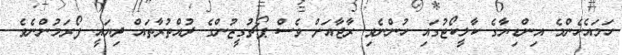
ހަމައެހެންމެ އިންޑިޔާގެ ކާލީކޯޓުގައި ހުންނެވި ރާޖާއަށް ވެސް ޕޯޗުގީޒުންގެ ދުއްތުރާތައް ދިޔައީ ފޯރަމުންނެވެ.